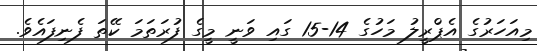
މިއަހަރުގެ އެޕްރީލު މަހުގެ 14-15 ގައި ވަނީ މީގެ ފުރަތަމަ ކޭތަ ފެނިފައެވެ.